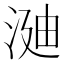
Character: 𣶻